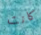
كانت